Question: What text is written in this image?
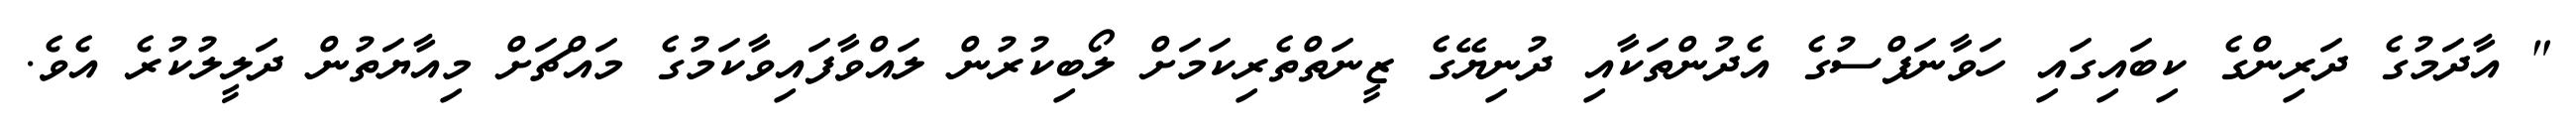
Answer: " އާދަމުގެ ދަރިންގެ ކިބައިގައި ހަވާނަފްސުގެ އެދުންތަކާއި ދުނިޔޭގެ ޒީނަތްތެރިކަމަށް ލޯބިކުރުން ލައްވާފައިވާކަމުގެ މައްޗަށް މިއާޔަތުން ދަލީލުކުރެ އެވެ.